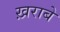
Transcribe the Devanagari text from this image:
ख़राबे